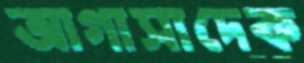
আগাসাদেক